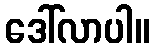
ဒေါ်လာပါ။